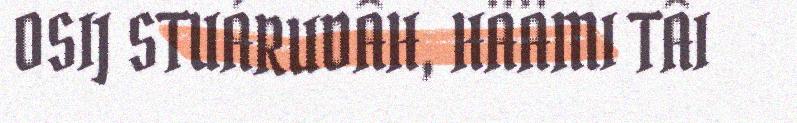
OSIJ STUÁRUDÂH, HÄÄMI TÂI